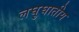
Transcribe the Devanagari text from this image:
लघुघातीय